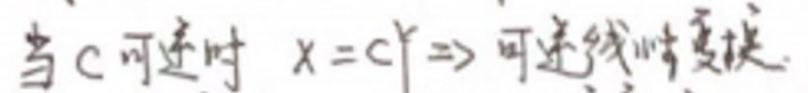
当\(c\)连续时 \(x = c(y) \Rightarrow\) 可连续求导.